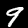
Digit: 9